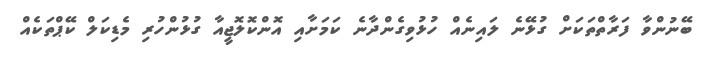
ބޭނުންވާ ފަރާތްތަކަށް ގުޅޭނެ ލައިނެއް ހުޅުވިގެންދާނެ ކަމަށާއި އޮންކޮލޮޖީއާ ގުޅުންހުރި މެޑިކަލް ކޭޕްތަކެއް